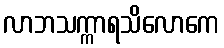
လာဘသက္ကာရသိလောကေ